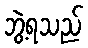
ဘွဲ့ရသည်